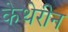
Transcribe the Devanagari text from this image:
केथेरीन